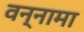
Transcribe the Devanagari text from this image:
वन्नामा